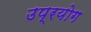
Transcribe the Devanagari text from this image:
उप्रयोग